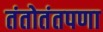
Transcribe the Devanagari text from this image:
तंतोतंतपणा